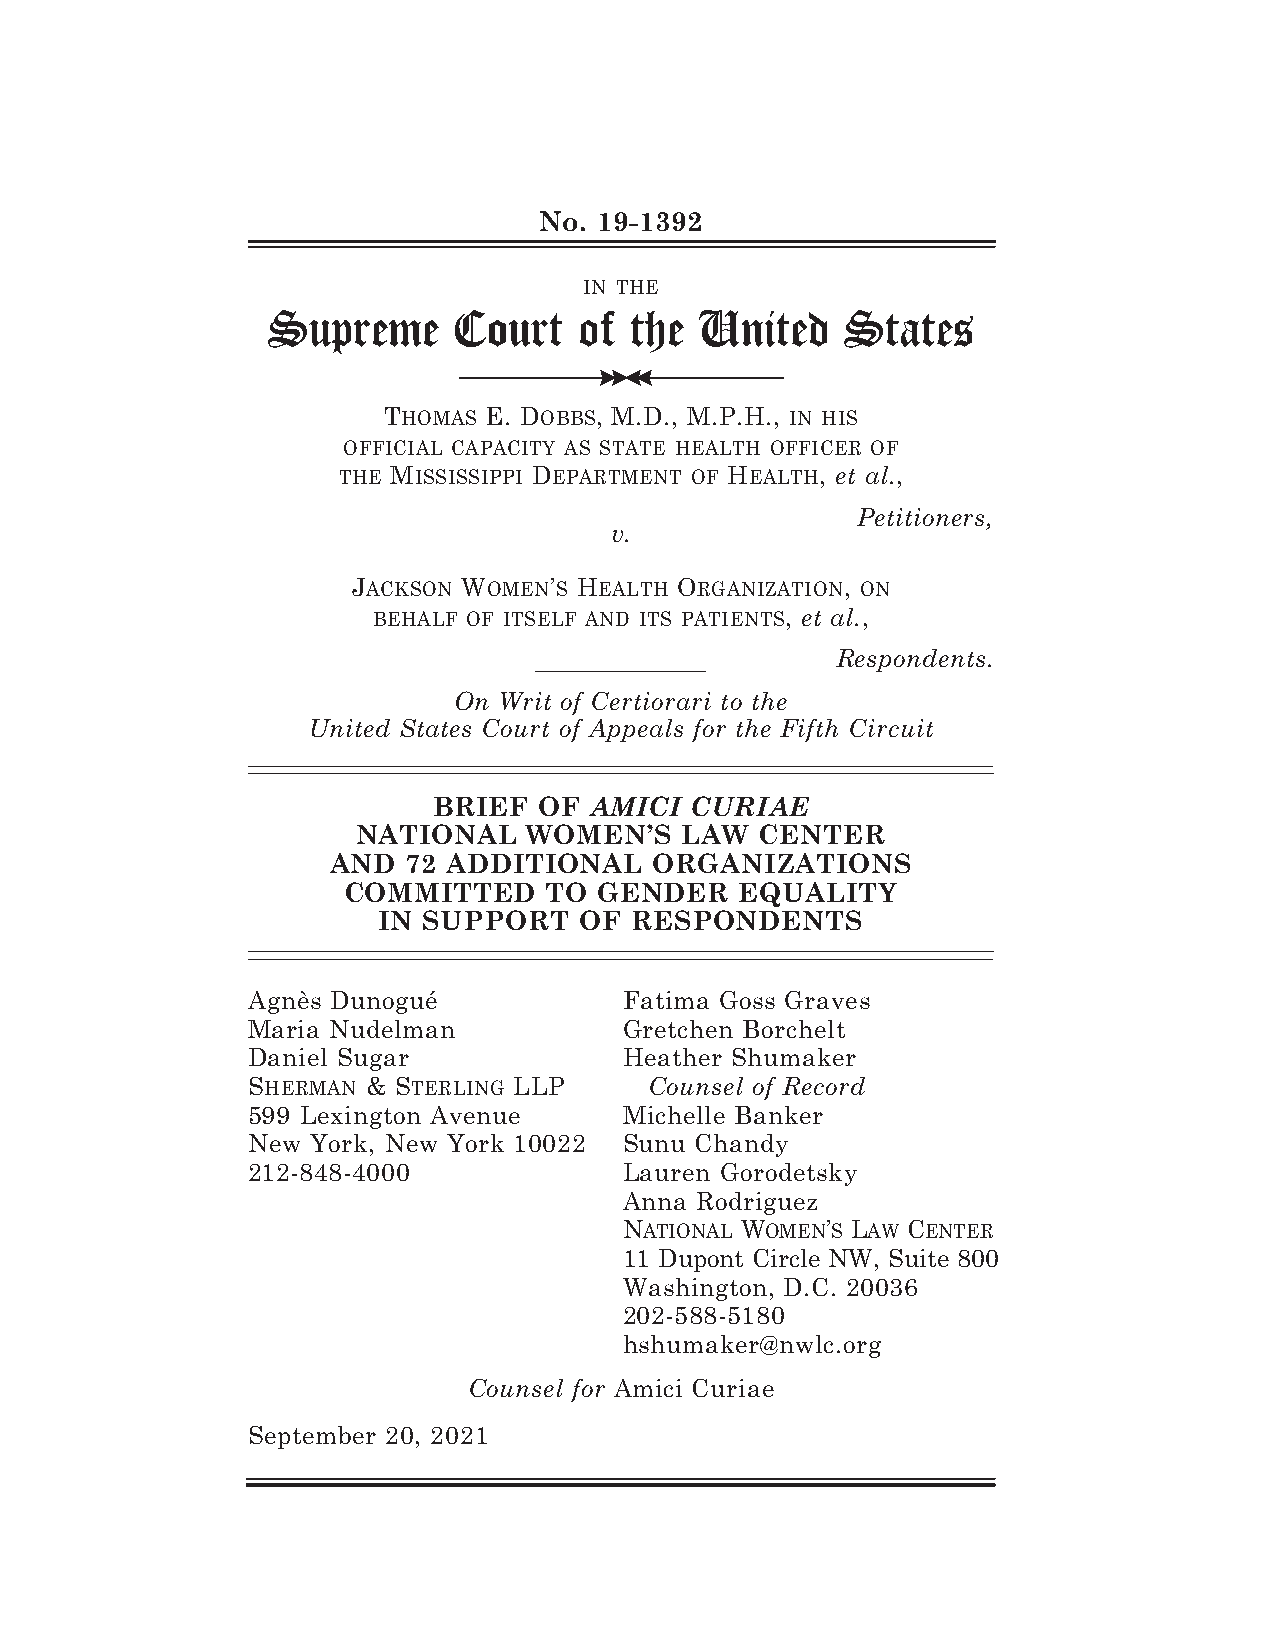
No. 19-1392
 IN THE
 Supreme     Court   of  the United    States
 >>
 THOMAS E. DOBBS, M.D., M.P.H., IN HIS
 OFFICIAL CAPACITY AS STATE HEALTH OFFICER OF
 THE MISSISSIPPI DEPARTMENT OF HEALTH, et al.,
 Petitioners,
 v.
 JACKSON WOMEN’S HEALTH ORGANIZATION, ON
 BEHALF OF ITSELF AND ITS PATIENTS, et al.,
 Respondents.
 On Writ of Certiorari to the
 United States Court of Appeals for the Fifth Circuit
 BRIEF  OF AMICI  CURIAE
 NATIONAL   WOMEN’S   LAW  CENTER
 AND  72 ADDITIONAL   ORGANIZATIONS
 COMMITTED    TO  GENDER   EQUALITY
 IN SUPPORT   OF  RESPONDENTS
 Agnès Dunogué            Fatima Goss Graves
 Maria Nudelman           Gretchen Borchelt
 Daniel Sugar             Heather Shumaker
 SHERMAN & STERLING LLP     Counsel of Record
 599 Lexington Avenue     Michelle Banker
 New  York, New York 10022 Sunu Chandy
 212-848-4000             Lauren Gorodetsky
 Anna Rodriguez
 NATIONAL WOMEN’S LAW CENTER
 11 Dupont Circle NW, Suite 800
 Washington, D.C. 20036
 202-588-5180
 hshumaker@nwlc.org
 Counsel for Amici Curiae
 September 20, 2021
 > >